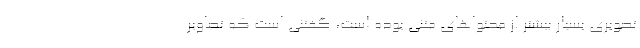
تصویری بسیار بیشتر از محتواهای متنی بوده است، گفتنی است که تصاویر